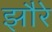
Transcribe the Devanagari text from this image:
झौरे